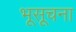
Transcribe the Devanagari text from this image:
भूसूचना